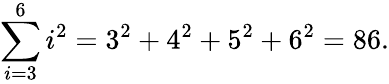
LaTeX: \sum_{i=3}^{6}i^{2}=3^{2}+4^{2}+5^{2}+6^{2}=86.